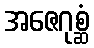
အဇေဂုစ္ဆံ